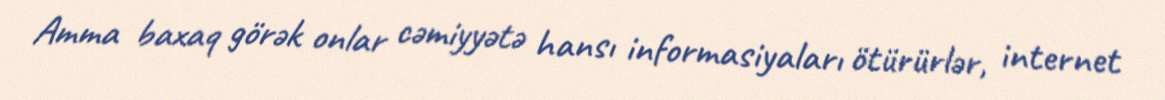
Amma baxaq görək onlar cəmiyyətə hansı informasiyaları ötürürlər, internet